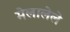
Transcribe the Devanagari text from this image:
मेलालेले